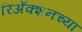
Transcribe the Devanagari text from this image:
रिअॅक्शनच्या